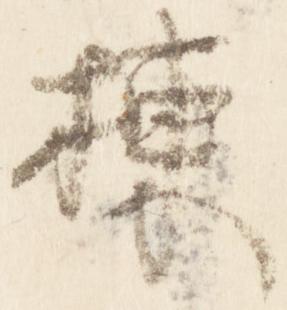
棟